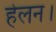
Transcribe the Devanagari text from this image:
हेलन।